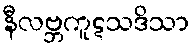
နီလဗ္ဘကူဋသဒိသာ